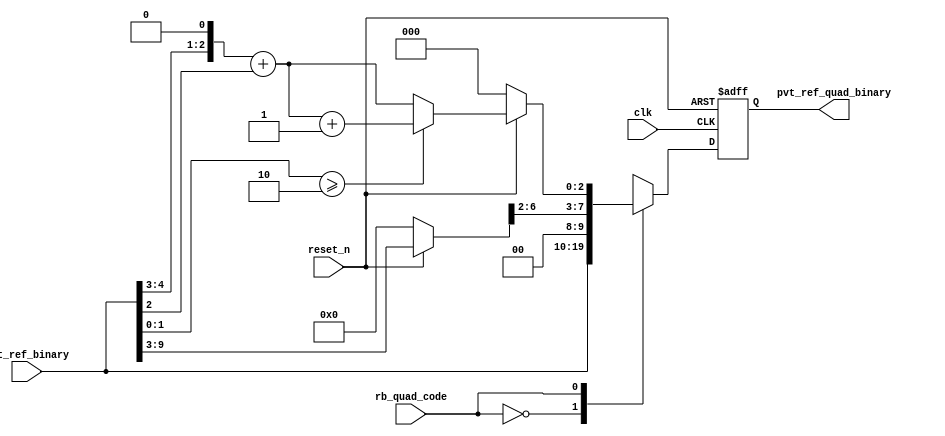
// SPDX-License-Identifier: Apache-2.0
// Copyright (C) 2019 Intel Corporation. 
//------------------------------------------------------------------------
//
// Revision:    $Revision: #6 $
//------------------------------------------------------------------------
// Description: quadrature phase delay code generation logics
//------------------------------------------------------------------------

//------------------------------------------------------------------------
// To be considered :
// 1. any potential glitch between code switching?
//------------------------------------------------------------------------
module aibnd_quadph_code_gen 
#(
parameter FF_DELAY     = 200
)
(
   input  wire         clk,                     //reference clock from pll
   input  wire         reset_n,                 //output for dll reset
   input  wire  [9:0]  pvt_ref_binary,          //output binary pvt value for delay chain
   input  wire         rb_quad_code,   		//select between original or quadrature codes
   output reg   [9:0]  pvt_ref_quad_binary 	//quadrature code (binary) for delay chain
);

`ifdef TIMESCALE_EN
  timeunit 1ps;
  timeprecision 1ps;
`endif

wire [6:0] coarse_bin;
reg [2:0]  fint_bin;
wire [2:0] fine_bin;

reg [8:0]  coarse_divided_bin;
reg [4:0]  fine_divided_bin, coarse_frac_bin;

          always @(*)
                begin
                        if(~reset_n) begin
                                coarse_divided_bin = 9'b0_0000_0000;
                                fine_divided_bin = 5'b0_0000;
                                coarse_frac_bin = 5'b0_0000;
                                fint_bin = 3'b000;
                        end
                        else  begin
                                coarse_divided_bin = {2'b00,pvt_ref_binary[9:3]};
                                fine_divided_bin = {2'b00,pvt_ref_binary[2:0]};
//                                coarse_frac_bin = {1'b0,coarse_divided_bin[1:0],2'b00};  //****need to finalize what's the ratio between coarse/fine steps. current coding assumes 20ps/5ps=4
				coarse_frac_bin = {coarse_divided_bin[1:0],3'b000}; 
                                fint_bin = coarse_frac_bin[4:2] + fine_divided_bin[4:2];
                                         if ((fine_divided_bin[1:0] >= 2'd2)) begin
                                                fint_bin = fint_bin + 3'b001;
                                         end
                                         else begin
                                                fint_bin = fint_bin;
                                         end
                         end
                end

        assign coarse_bin = coarse_divided_bin[8:2];
 	assign fine_bin = fint_bin;

        always @(posedge clk or negedge reset_n)
                begin
                        if(~reset_n) begin
				pvt_ref_quad_binary <= #FF_DELAY 10'b00_0000_0000;
			end
			else case (rb_quad_code)
				1'b0 : pvt_ref_quad_binary <= #FF_DELAY pvt_ref_binary;
				1'b1 : pvt_ref_quad_binary <= #FF_DELAY {coarse_bin,fine_bin};
				default : pvt_ref_quad_binary <= #FF_DELAY {coarse_bin,fine_bin};
			endcase
		end 

endmodule // aibnd_quadph_code_gen